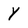
Character: Y